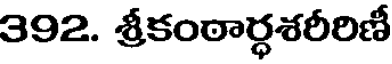
392. శ్రీకంఠార్ధశరీరిణీ